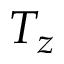
T _ { z }